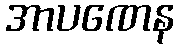
အာပဏေန